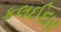
કલઈદાર